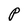
Character: P